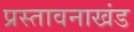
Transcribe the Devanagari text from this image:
प्रस्तावनाखंड